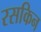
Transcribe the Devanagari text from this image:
रसकिन